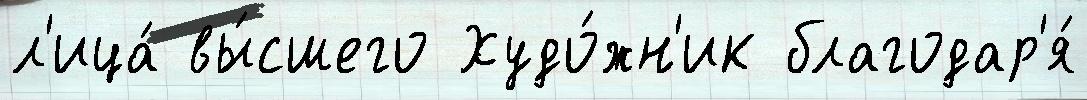
л'ица́ вы́сшего Худо́жн'ик благодар'я́